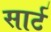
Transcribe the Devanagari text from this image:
सार्ट